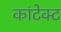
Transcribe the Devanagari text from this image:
कांटेक्‍ट